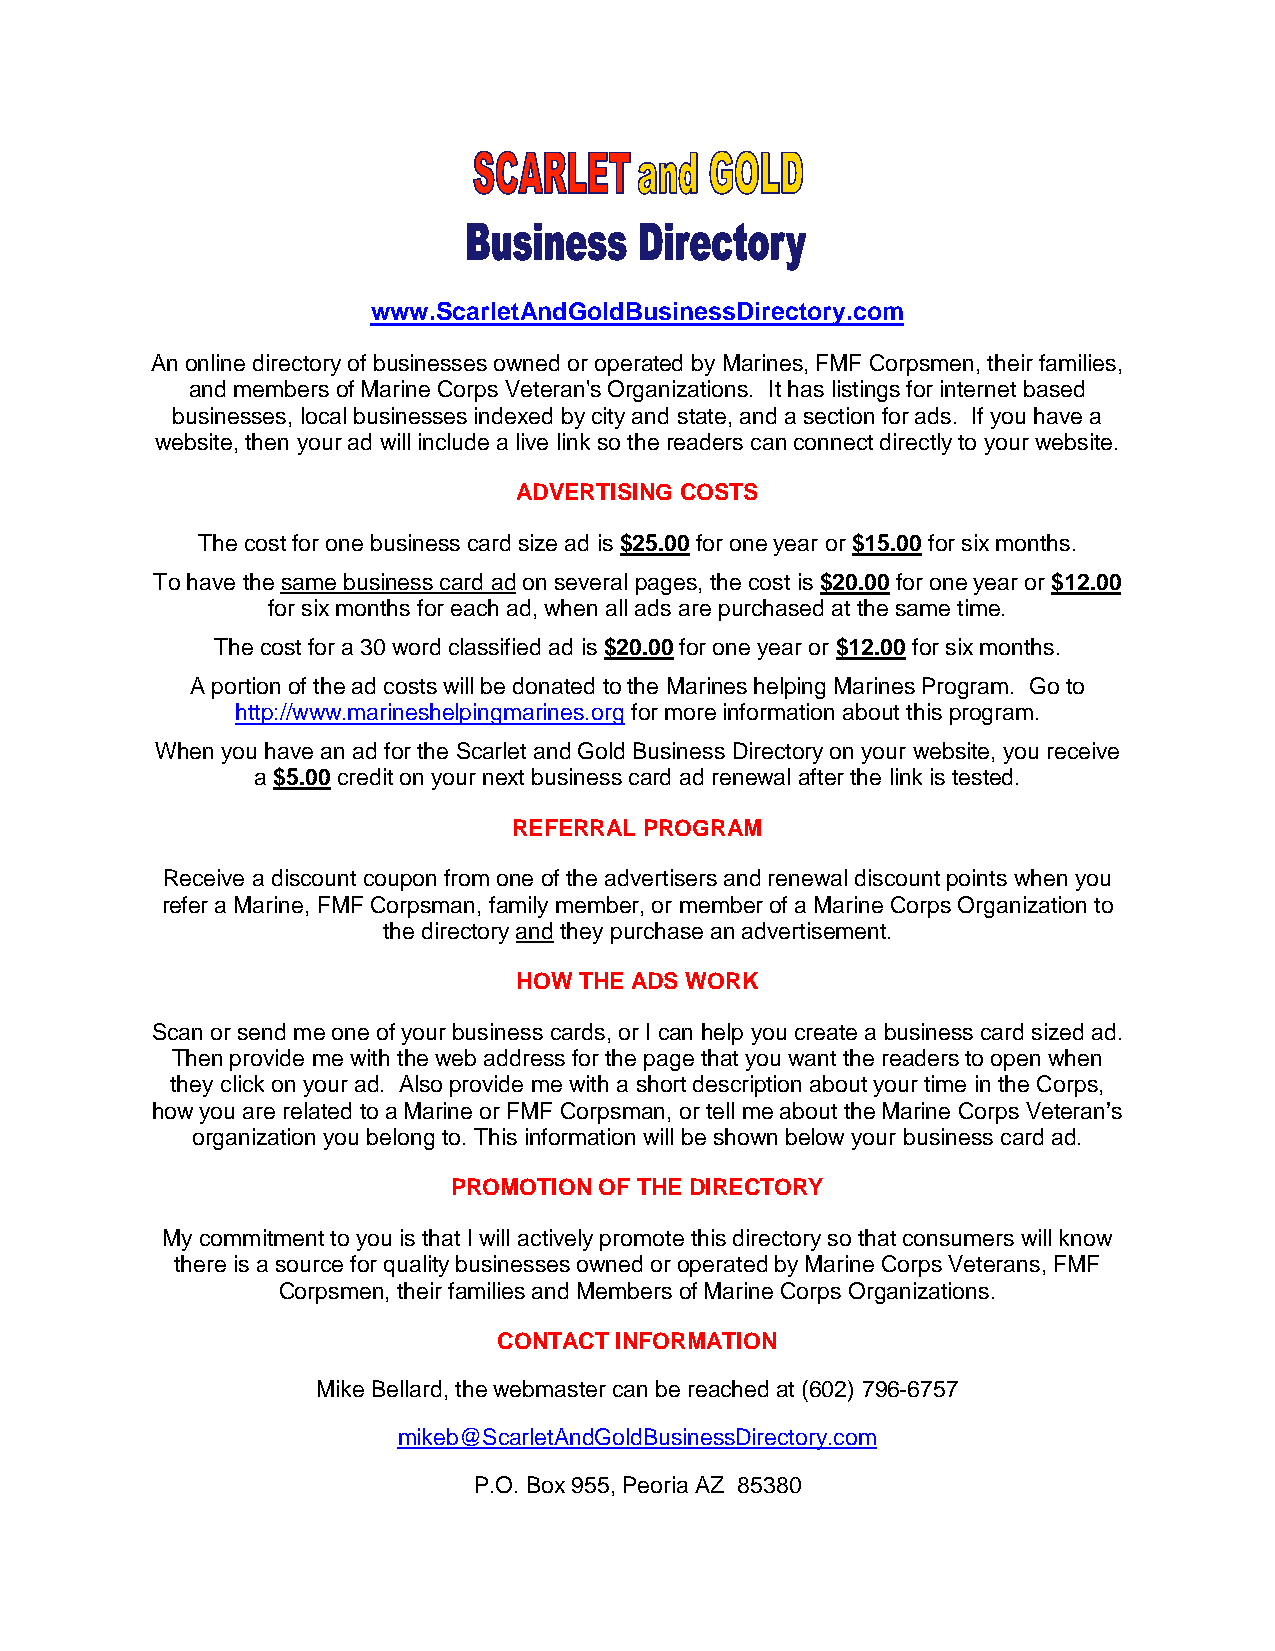
www.ScarletAndGoldBusinessDirectory.com
 An online directory of businesses owned or operated by Marines, FMF Corpsmen, their families,
 and members of Marine Corps Veteran's Organizations. It has listings for internet based
 businesses, local businesses indexed by city and state, and a section for ads. If you have a
 website, then your ad will include a live link so the readers can connect directly to your website.
 ADVERTISING COSTS
 The cost for one business card size ad is $25.00 for one year or $15.00 for six months.
 To have the same business card ad on several pages, the cost is $20.00 for one year or $12.00
 for six months for each ad, when all ads are purchased at the same time.
 The cost for a 30 word classified ad is $20.00 for one year or $12.00 for six months.
 A portion of the ad costs will be donated to the Marines helping Marines Program. Go to
 http://www.marineshelpingmarines.org for more information about this program.
 When you have an ad for the Scarlet and Gold Business Directory on your website, you receive
 a $5.00 credit on your next business card ad renewal after the link is tested.
 REFERRAL PROGRAM
 Receive a discount coupon from one of the advertisers and renewal discount points when you
 refer a Marine, FMF Corpsman, family member, or member of a Marine Corps Organization to
 the directory and they purchase an advertisement.
 HOW THE ADS WORK
 Scan or send me one of your business cards, or I can help you create a business card sized ad.
 Then provide me with the web address for the page that you want the readers to open when
 they click on your ad. Also provide me with a short description about your time in the Corps,
 how you are related to a Marine or FMF Corpsman, or tell me about the Marine Corps Veteran’s
 organization you belong to. This information will be shown below your business card ad.
 PROMOTION OF THE DIRECTORY
 My commitment to you is that I will actively promote this directory so that consumers will know
 there is a source for quality businesses owned or operated by Marine Corps Veterans, FMF
 Corpsmen, their families and Members of Marine Corps Organizations.
 CONTACT INFORMATION
 Mike Bellard, the webmaster can be reached at (602) 796-6757
 mikeb@ScarletAndGoldBusinessDirectory.com
 P.O. Box 955, Peoria AZ 85380